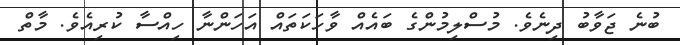
ބުނެ ޖަވާބު ދިނެވެ. މުސްލިމުންގެ ބައެއް ވާހަކަތައް އަހަންނާ ހިއްސާ ކުރިއެވެ. މާތް